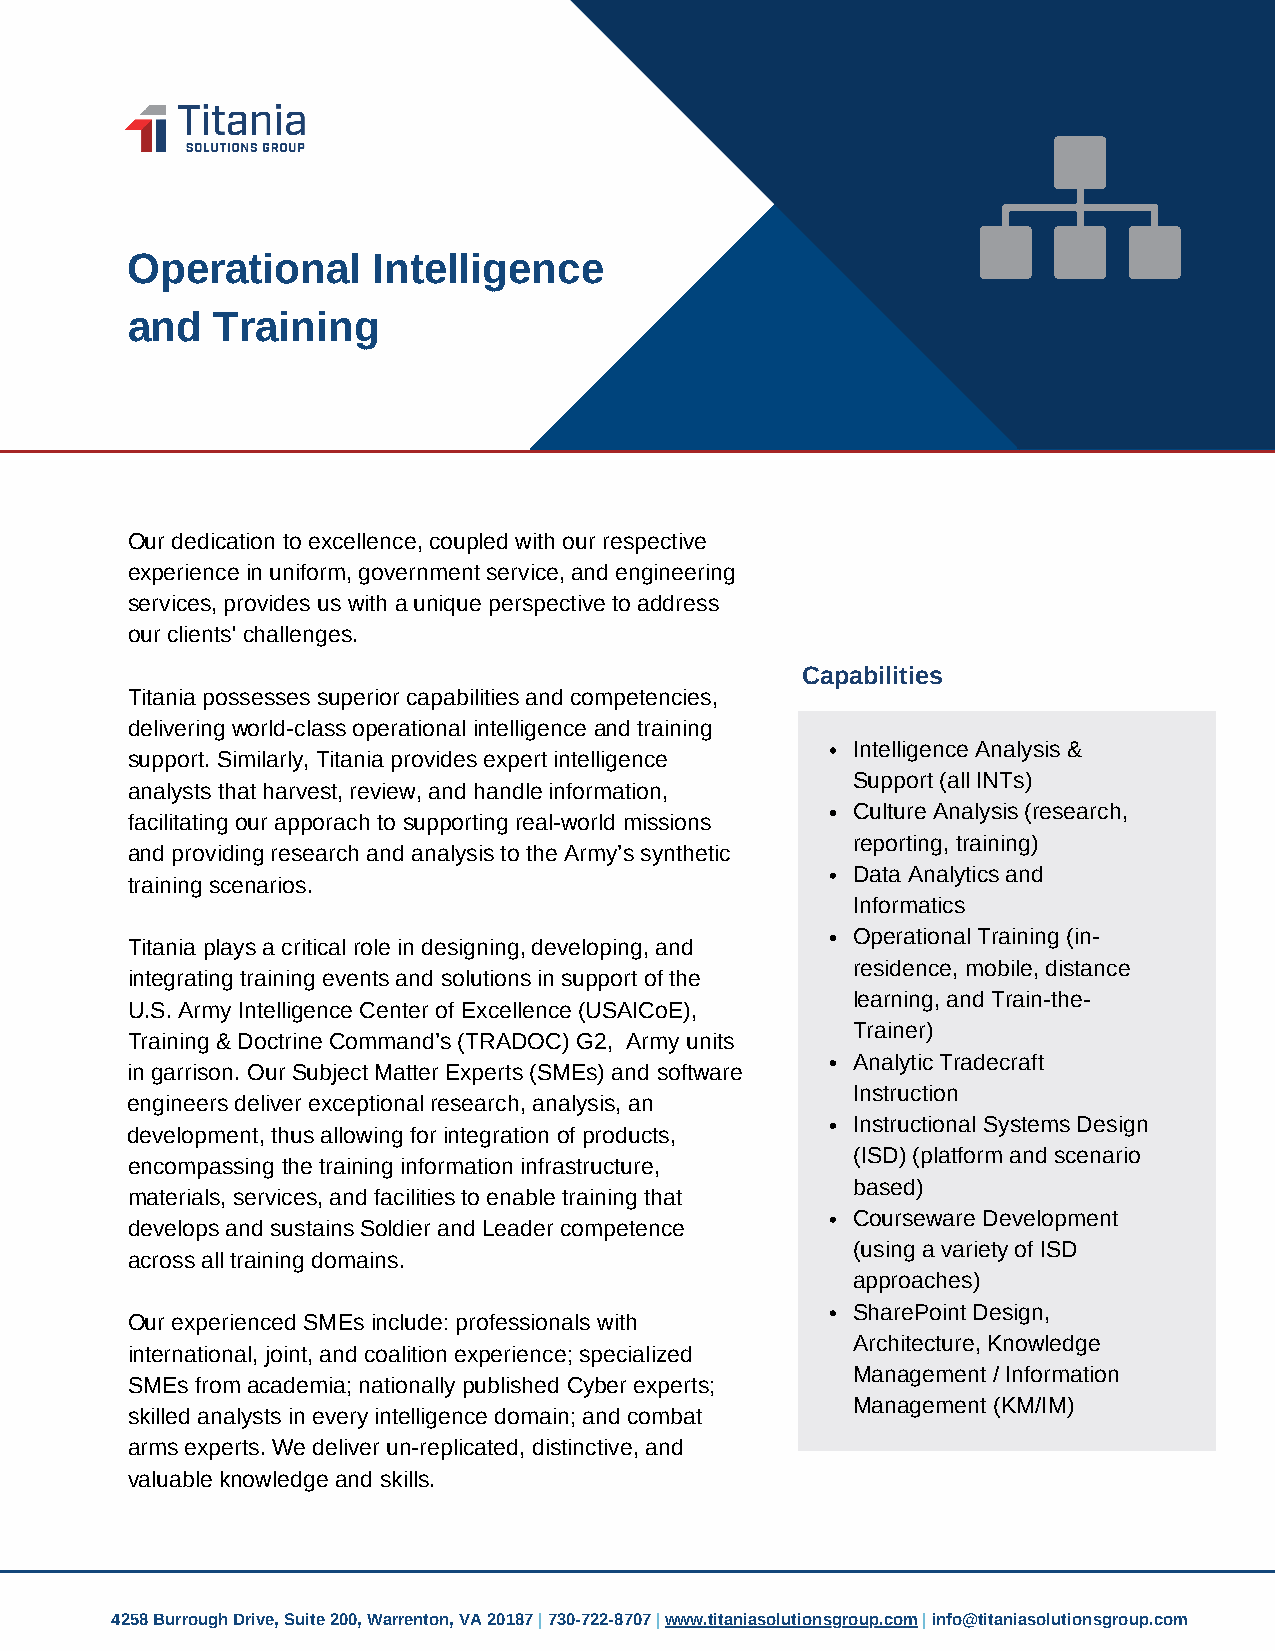
Operational      Intelligence
 and   Training
 Our dedication to excellence, coupled with our respective
 experience in uniform, government service, and engineering
 services, provides us with a unique perspective to address
 our clients' challenges.
 Capabilities
 Titania possesses superior capabilities and competencies,
 delivering world-class operational intelligence and training
 Intelligence Analysis &
 support. Similarly, Titania provides expert intelligence
 Support (all INTs)
 analysts that harvest, review, and handl e information ,
 Culture Analysis (research,
 facilitating our apporach to supporting real-world missions
 reporting, training)
 and providing research and analysis to the Army’s synthetic
 Data Analytics and
 training scenarios.
 Informatics
 Operational Training (in-
 Titania plays a critical role in designing , developing, and
 residence, mobile, distance
 integrating training events and solutions in support of the
 learning, and Train-the-
 U.S. Army Intelligence Center of Excellence (USAICoE),
 Trainer)
 Training & Doctrine Command’s (TRADOC) G2, Army units
 Analytic Tradecraft
 in garrison. Our Subject Matter Experts (SMEs) and software
 Instruction
 engineers deliver exceptional research, analysis, an
 Instructional Systems Design
 development, thu     sintegr ation aof prolductsl, owing      for
 (ISD) (platform and scenario
 encompassing the training information infrastructure,
 based)
 materials, services, and facilities to enable training that
 Courseware Development
 develops and sustains Soldier and Leader competence
 (using a variety of ISD
 across all training domains.
 approaches)
 SharePoint Design,
 Our experienced SMEs include: professionals with
 Architecture, Knowledge
 international, joint, and coalition experience; specialized
 Management / Information
 SMEs from academia; nationally published Cyber experts;
 Management (KM/IM)
 skilled analysts in every intelligence domain; and combat
 arms experts. We deliver un-replicated, distinctive, and
 valuable knowledge and skills.
 4258 Burrough Drive, Suite 200, Warrenton, VA 20187 | 730-722-8707 | www.titaniasolutionsgroup.com | info@titaniasolutionsgroup.com